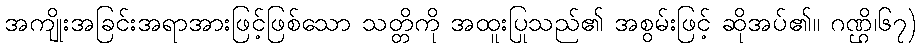
အကျိုးအခြင်းအရာအားဖြင့်ဖြစ်သော သတ္တိကို အထူးပြုသည်၏ အစွမ်းဖြင့် ဆိုအပ်၏။ ဂဏ္ဌိ၊၆၇)